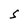
Character: S